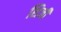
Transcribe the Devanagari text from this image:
शिजी